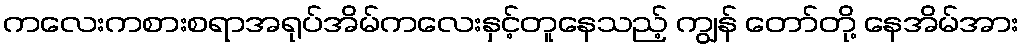
ကလေးကစားစရာအရုပ်အိမ်ကလေးနှင့်တူနေသည့် ကျွန် တော်တို့ နေအိမ်အား